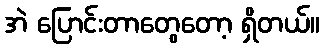
အဲ ပြောင်းတာတွေတော့ ရှိတယ်။